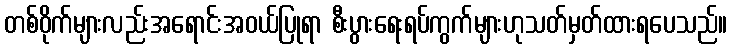
တစ်ဝိုက်များလည်းအရောင်းအဝယ်ပြုရာ စီးပွားရေးရပ်ကွက်များဟုသတ်မှတ်ထားရပေသည်။